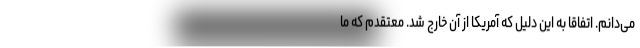
می‌دانم. اتفاقاً به این دلیل که آمریکا از آن خارج شد. معتقدم که ما